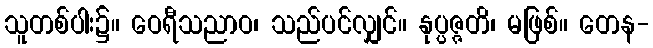
သူတစ်ပါး၌။ ဝေရီသညာဝ၊ သည်ပင်လျှင်။ နုပ္ပဇ္ဇတိ၊ မဖြစ်။ တေန-